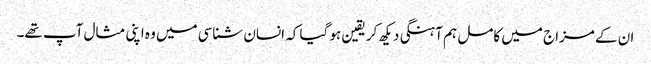
ان کے مزاج میں کامل ہم آہنگی دیکھ کر یقین ہو گیا کہ انسان شناسی میں وہ اپنی مثال آپ تھے۔